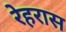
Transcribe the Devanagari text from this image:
रेहरास